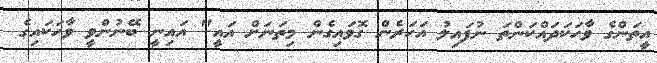
އީތަންގެ ވާހަކަދައްކަންތަ ނުފައިލު އަހަރެން ގޮވައިގެން މިތަނަށް އައީ" އައިނީ ބޭނުންވީ ވާހަކައިގެ